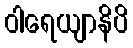
ဝါရေယျာနိပိ